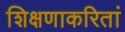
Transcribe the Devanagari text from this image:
शिक्षणाकरितां